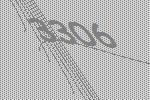
3306